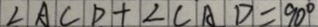
\angle A C D + \angle C A D = 9 0 ^ { \circ }